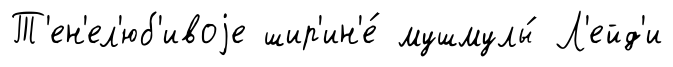
Т'ен'ел'юб'ивоjе шир'ин'е́ мушмулы́ Л'ейд'и